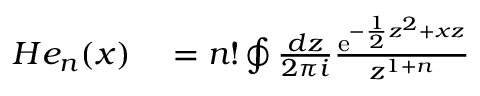
\begin{array} { r l } { H e _ { n } ( x ) } & { { } = n ! \oint \frac { d z } { 2 \pi i } \frac { \mathrm { e } ^ { - \frac { 1 } { 2 } z ^ { 2 } + x z } } { z ^ { 1 + n } } } \end{array}